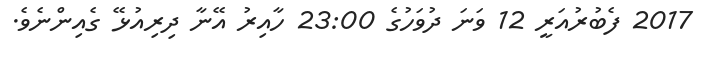
2017 ފެބުރުއަރީ 12 ވަނަ ދުވަހުގެ 23:00 ހާއިރު އޭނާ ދިރިއުޅޭ ގެއިންނެވެ.